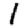
Digit: 1